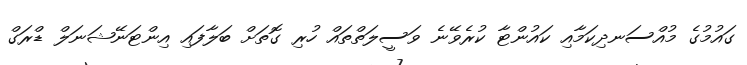
ގައުމުގެ މުއްސަނދިކަމާއި ކައުންޓާ ކުރެވޭނެ ވަސީލަތްތައް ހުރި ގޮތަށް ބަލާފައި އިންޓަނޭޝަނަލް ޑްރަގް